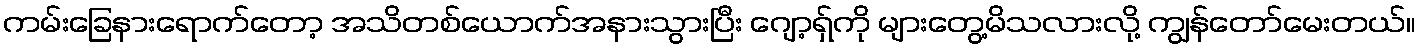
ကမ်းခြေနားရောက်တော့ အသိတစ်ယောက်အနားသွားပြီး ဂျော့ရှ်ကို များတွေ့မိသလားလို့ ကျွန်တော်မေးတယ်။